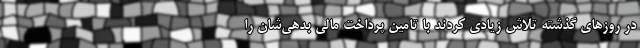
در روزهای گذشته تلاش زیادی کردند با تامین پرداخت مالی بدهی‌شان را